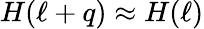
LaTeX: H(\ell+q)\approx H(\ell)